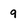
Character: 9